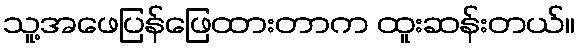
သူ့အဖေပြန်ဖြေထားတာက ထူးဆန်းတယ်။